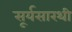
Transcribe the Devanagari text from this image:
सूर्यसारथी